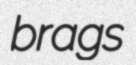
brags